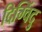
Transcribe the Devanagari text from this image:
दिग्विंदु